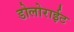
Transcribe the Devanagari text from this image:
डोलोराईट